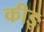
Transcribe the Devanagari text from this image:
कीइ